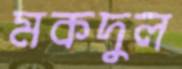
মকদুল